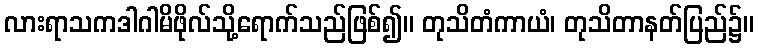
လားရာသကဒါဂါမိဖိုလ်သို့ရောက်သည်ဖြစ်၍။ တုသိတံကာယံ၊ တုသိတာနတ်ပြည်၌။